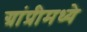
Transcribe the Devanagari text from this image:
ग्रांप्रीमध्ये